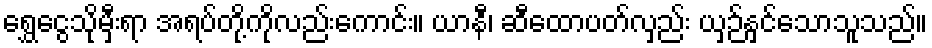
ရွှေငွေသိုမှီးရာ အရပ်တို့ကိုလည်းကောင်း။ ယာနီ၊ ဆီထောပတ်လှည်း ယှဉ်နှင်သောသူသည်။